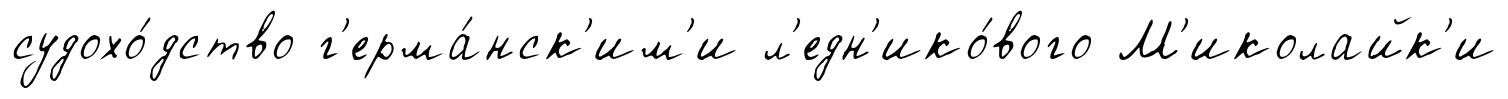
судохо́дство г'ерма́нск'им'и л'едн'ико́вого М'иколайк'и